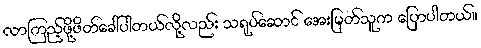
လာကြည့်ဖို့ဖိတ်ခေါ်ပါတယ်လို့လည်း သရုပ်ဆောင် အေးမြတ်သူက ပြောပါတယ်။